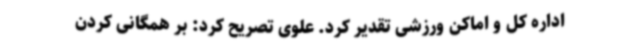
اداره کل و اماکن ورزشی تقدیر کرد. علوی تصریح کرد: بر همگانی کردن